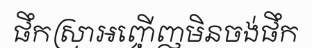
ផឹកស្រាអញ្ចើញមិនចង់ផឹក